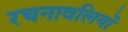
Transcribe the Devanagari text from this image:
रचनावलियों